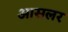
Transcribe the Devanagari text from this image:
आसलर